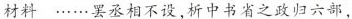
材料 ……罢丞相不设，析中书省之政归六部，